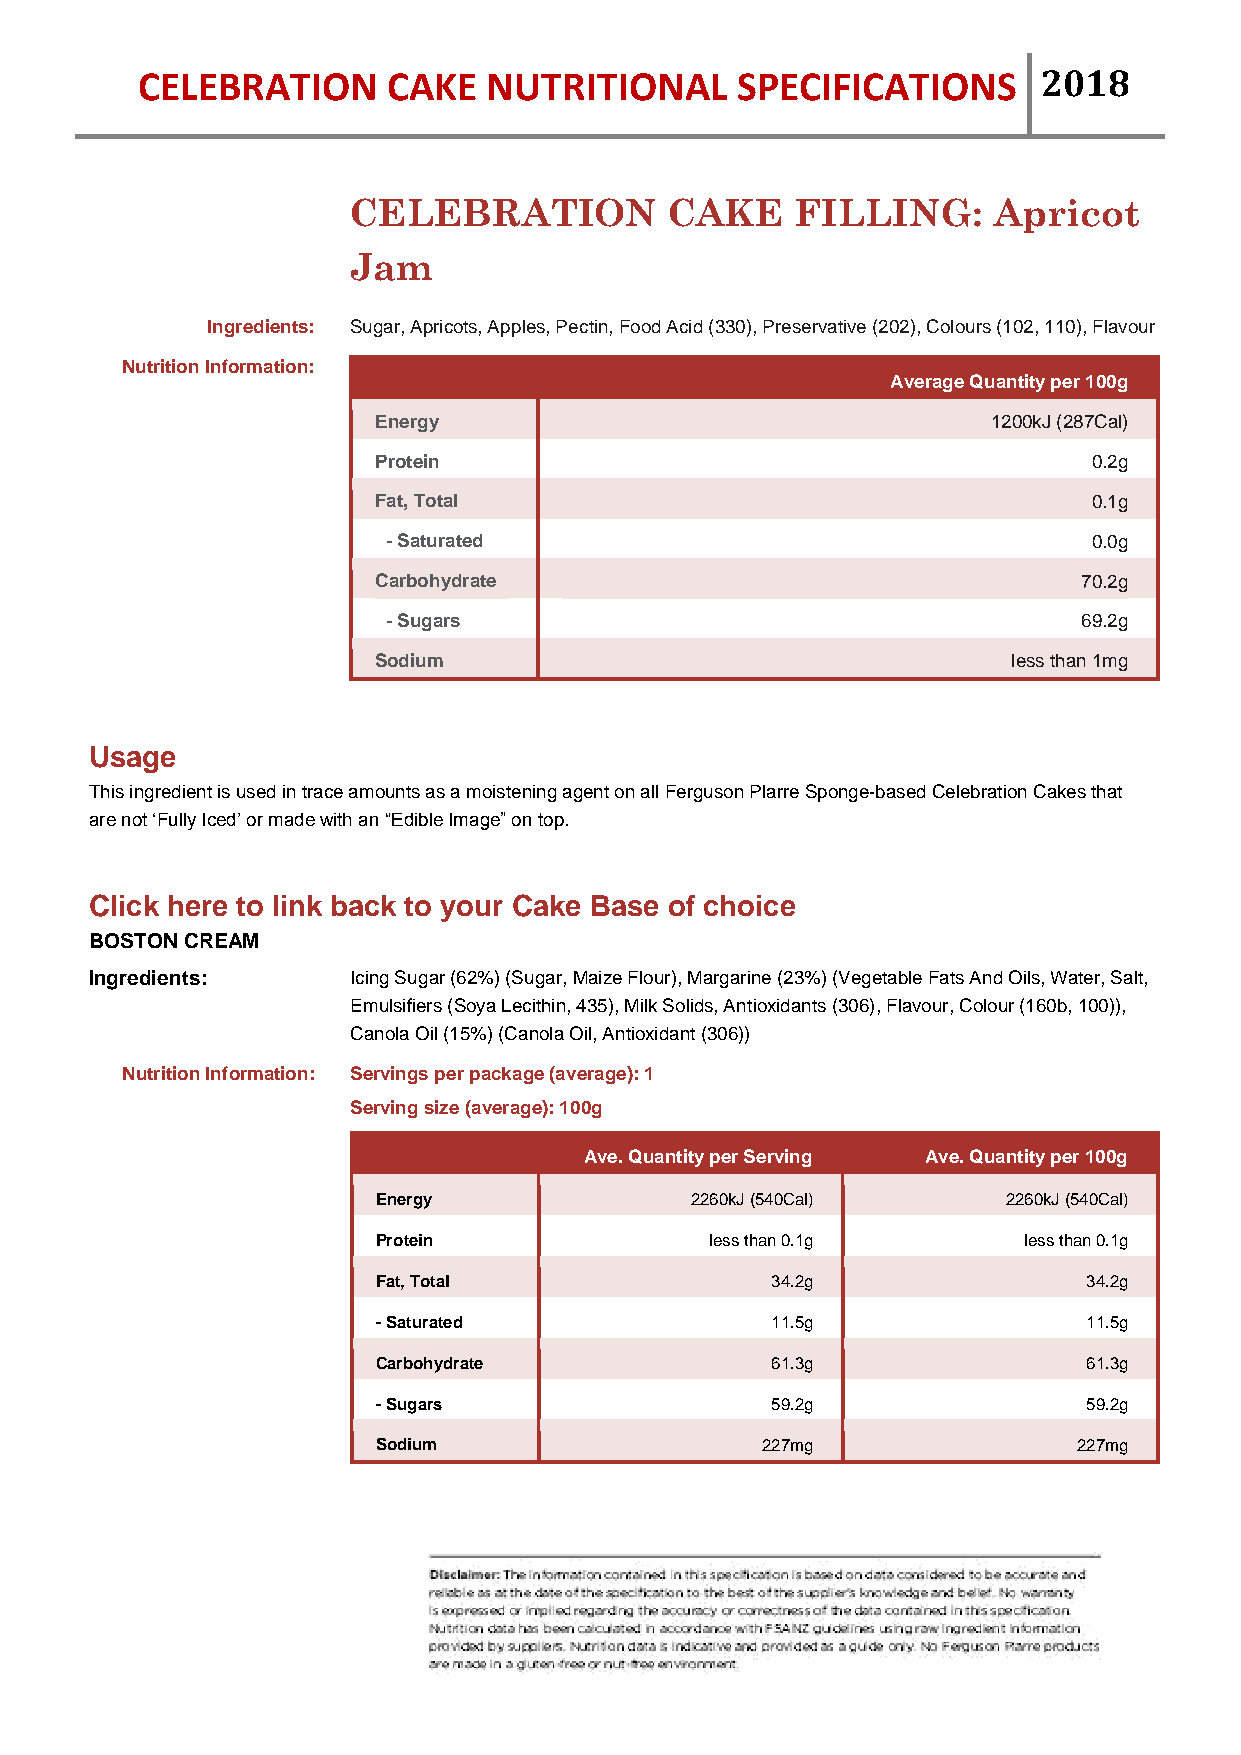
CELEBRATION      CAKE  NUTRITIONAL      SPECIFICATIONS      2018
 CELEBRATION          CAKE     FILLING:     Apricot
 Jam
 Ingredients: Sugar, Apricots, Apples, Pectin, Food Acid (330), Preservative (202), Colours (102, 110), Flavour
 Nutrition Information:
 Average Quantity per 100g
 Energy                                   1200kJ (287Cal)
 Protein                                        0.2g
 Fat, Total                                     0.1g
 - Saturated                                   0.0g
 Carbohydrate                                   70.2g
 - Sugars                                      69.2g
 Sodium                                    less than 1mg
 Usage
 This ingredient is used in trace amounts as a moistening agent on all Ferguson Plarre Sponge-based Celebration Cakes that
 are not ‘Fully Iced’ or made with an “Edible Image” on top.
 Click here to link back to your Cake Base of choice
 BOSTON CREAM
 Ingredients:     Icing Sugar (62%) (Sugar, Maize Flour), Margarine (23%) (Vegetable Fats And Oils, Water, Salt,
 Emulsifiers (Soya Lecithin, 435), Milk Solids, Antioxidants (306), Flavour, Colour (160b, 100)),
 Canola Oil (15%) (Canola Oil, Antioxidant (306))
 Nutrition Information: Servings per package (average): 1
 Serving size (average): 100g
 Ave. Quantity per Serving Ave. Quantity per 100g
 Energy               2260kJ (540Cal)      2260kJ (540Cal)
 Protein               less than 0.1g       less than 0.1g
 Fat, Total                34.2g                34.2g
 - Saturated               11.5g                11.5g
 Carbohydrate              61.3g                61.3g
 - Sugars                  59.2g                59.2g
 Sodium                   227mg                227mg